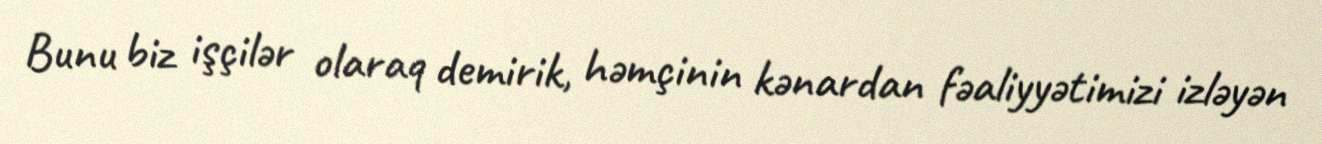
Bunu biz işçilər olaraq demirik, həmçinin kənardan fəaliyyətimizi izləyən